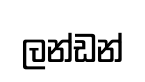
ලන්ඩන්